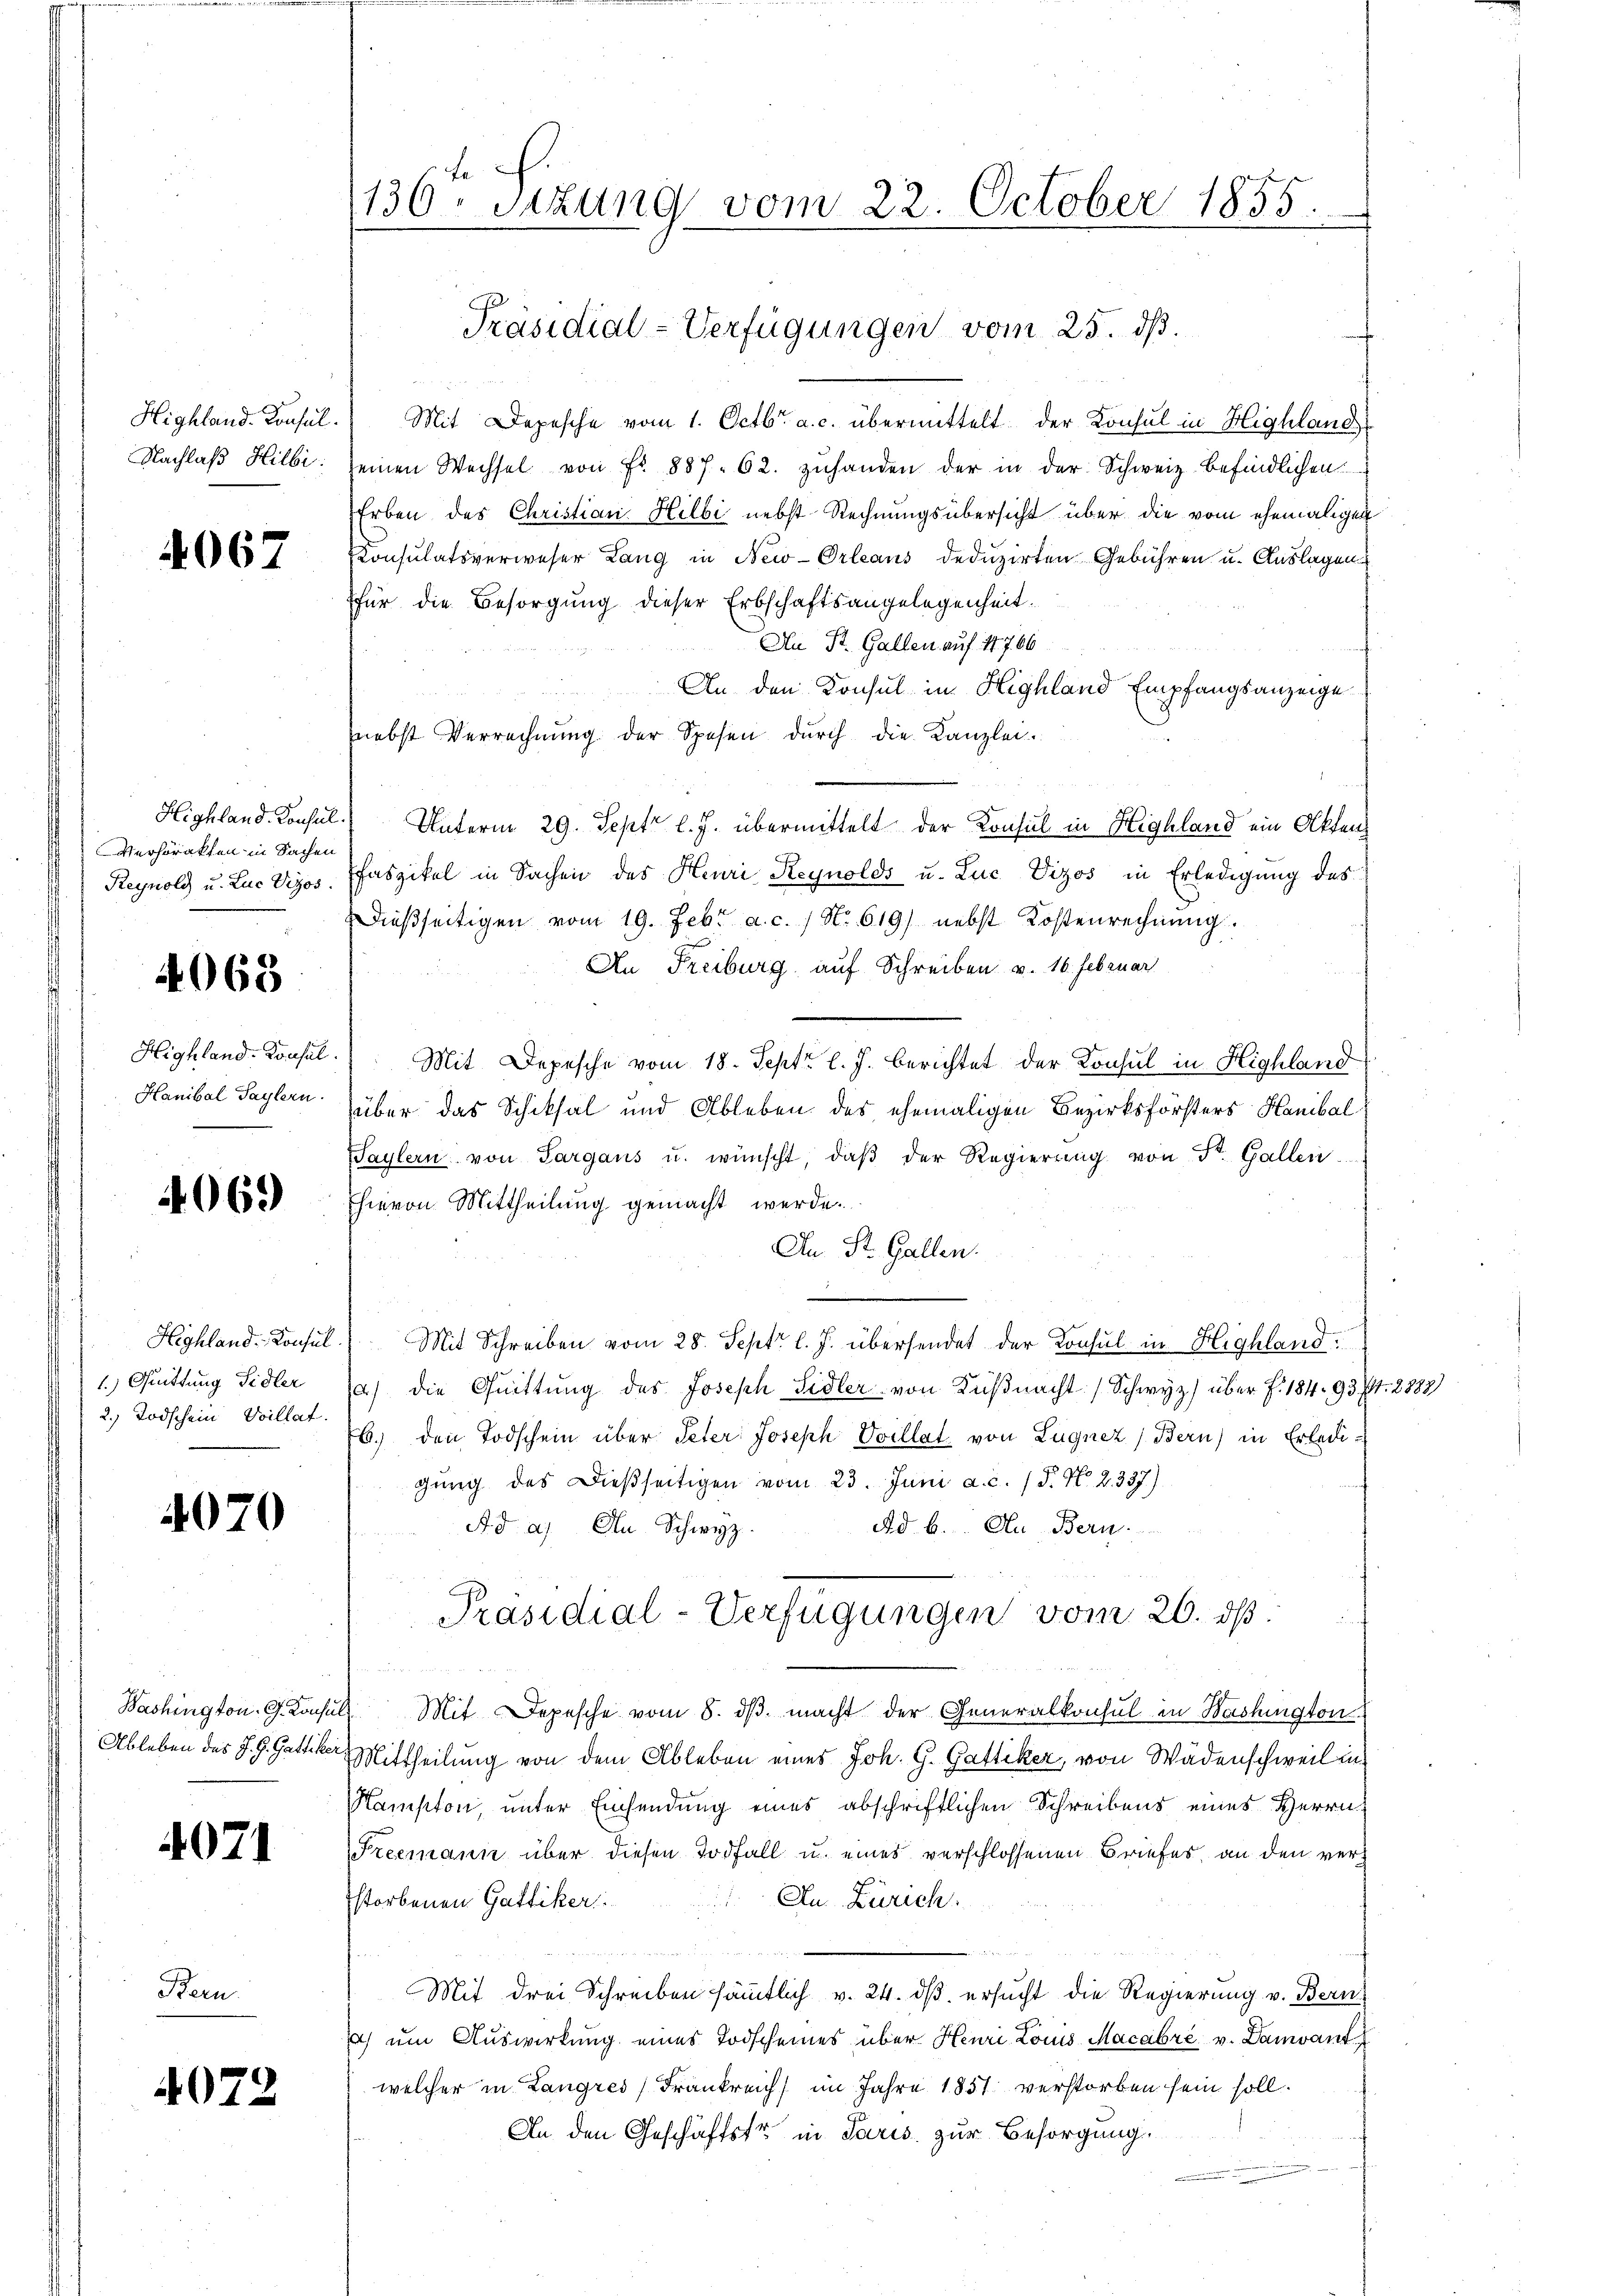
Highland-Consul
Nachlaß Hilbi

4067

Highland. Konsul
Verhörakten in Sachen
Reynold u. Luc Vizos.

4068

Highland-Consul
Hanibal Saylern.

4069

Highland-Consul
1) Quittung Sidler
2.) Todschein Villat.

4070

Washington. G. Konsul
Ableben des J. G. Gattiker

4071

Bern.

4072

136 sizung vom 22. October 1855.
Präsidial-Verfügungen vom 25. dß.

Mit Depesche vom 1. Octbr. a. c. übermittelt der Konsul in Highland
einen Wechsel von Fr. 887. 62. zŭhanden der in der Schweiz befindlichen
Erben des Christian Hilbi nebst Rechnungsübersicht über die vom ehemaligen
Konsulatsverweser Lang in New-Orleans deduzirten Gebühren u. Auslagen
für die Besorgung dieser Erbschaftsangelegenheit.
An St. Gallen auf 147. 66
An den Konsul in Highland Empfangsanzeigenebst Verrechnŭng der Spesen dŭrch die Kanzlei-
Unterm 29. Sept. l. J. übermittelt der Konsul in Highland ein Akten
Faszikel in Sachen des Heuri Reynolds u. Luc Vizos in Erledigung des
dießseitigen vom 19. Febr a. c. 1 No 619) nebst Kostenrechnŭng
An Freiburg auf Schreiben v. 16. Februar
Mit Depesche vom 18. Sept. l. J. berichtet der Konsul in Highland
über das Schicksal und Ableben des ehemaligen Bezirksförsters Hanibal
Saylern von Sargaus u. wünscht, daβ der Regierŭng von St. Gallen
hievon Mittheilung gemacht werde.
An St. Gallen.
Mit Schreiben vom 28. Sept. l. J. übersendet der Konsul in Highland.
) die Quittung des Joseph Sidler von Küßnacht / Schwyz) über J. 184. 93 f. 2888)
b. den Todschein über Peter Joseph Ovillat von Lügnez (Bern) in Erledigŭng des Dießseitigen vom 23. Juni a.c. (T. N. 2. 337)
Ad. 6. Au- Bern.
Ad a. An Schwyz.
Präsidial-Verfügungen vom 26. ds.
f 4 x
 Mit Depesche vom 8. dβ macht der Generalkonsul in Washington
Mittheilung von dem Ableben eines Joh. G. Gattiker, von Wädenschweil in
Kampton, unter Einsendung eines abschriftlichen Schreibens eines Herrn
Preemann über diesen Todfall u. eines verschlossenen Briefes, an den ver¬
An Zürich.
storbenen Gattiker
Mit drei Schreiben sämmtlich v. 24. ds. ersucht die Regierung v. Bern
) um Auswirkung eines Todscheines über Henri Louis Macabré v. Damvant
welcher in Langress Frankreich im Jahre 1857 verstorben sein soll.
An den Geschäftstr in Paris zur Besorgung.